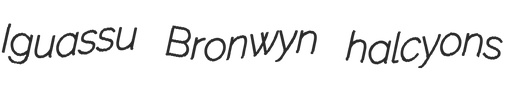
Iguassu Bronwyn halcyons